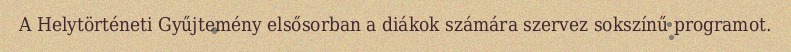
A Helytörténeti Gyűjtemény elsősorban a diákok számára szervez sokszínű programot.